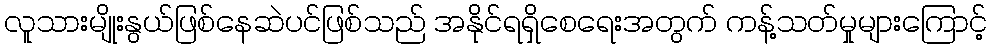
လူသားမျိုးနွယ်ဖြစ်နေဆဲပင်ဖြစ်သည် အနိုင်ရရှိစေရေးအတွက် ကန့်သတ်မှုများကြောင့်